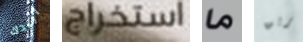
اريدك استخراج ما بريق